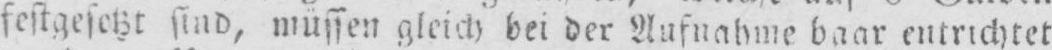
festgesetzt sind, müssen gleich bei der Aufnahme baar entrichtet